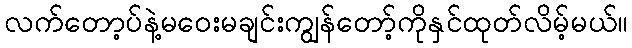
လက်တော့ပ်နဲ့မဝေးမချင်းကျွန်တော့်ကိုနှင်ထုတ်လိမ့်မယ်။